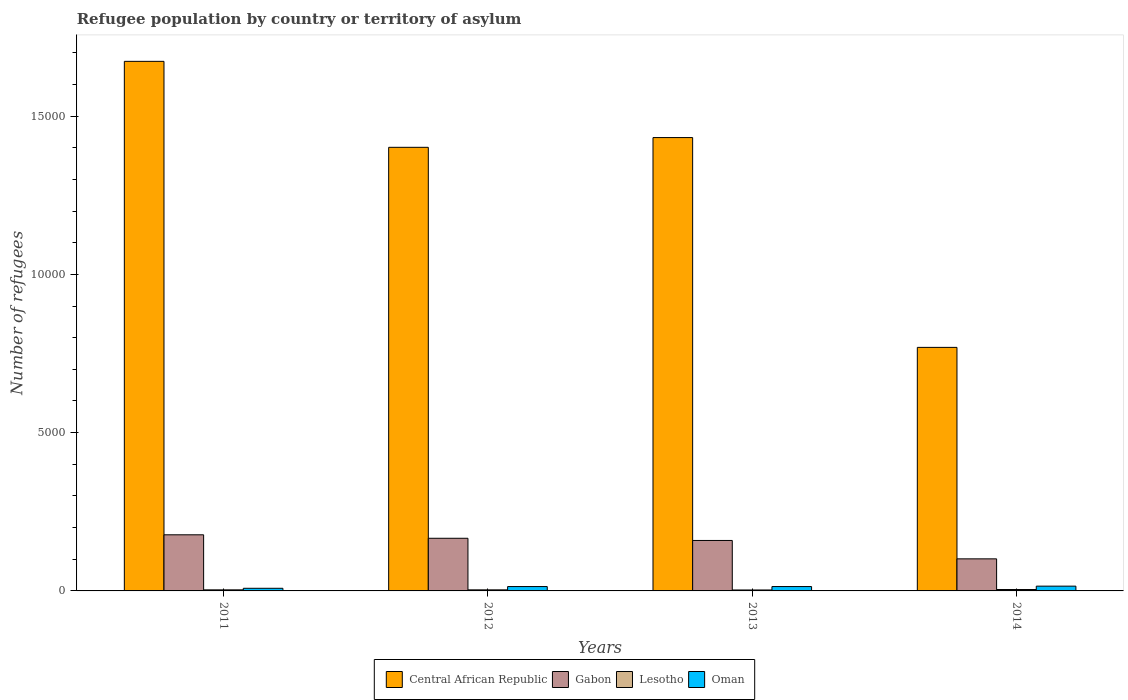
| Years | Central African Republic | Gabon | Lesotho | Oman |
 | --- | --- | --- | --- | --- |
 | 2011 | 1.67e+04 | 1.77e+03 | 34 | 83 |
 | 2012 | 1.4e+04 | 1.66e+03 | 34 | 138 |
 | 2013 | 1.43e+04 | 1.59e+03 | 30 | 138 |
 | 2014 | 7.69e+03 | 1.01e+03 | 44 | 151 |